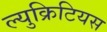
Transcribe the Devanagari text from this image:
ल्युक्रिटियस